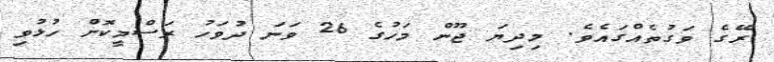
ރޭގެ ވަގުތެއްގައެވެ. މިދިޔަ ޖޫން މަހުގެ 26 ވަނަ ދުވަހު ރަސްމީކޮށް ހުޅުވި